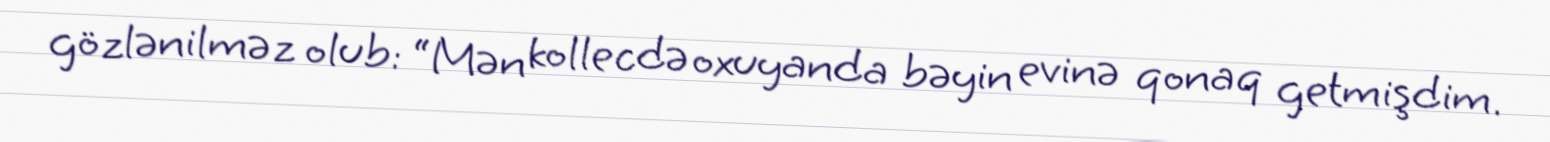
gözlənilməz olub: “Mən kollecdə oxuyanda bəyin evinə qonaq getmişdim.